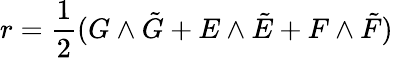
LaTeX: r={\frac{1}{2}}(G\wedge\tilde{G}+E\wedge\tilde{E}+F\wedge\tilde{F})